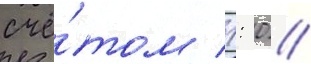
счё́том 1: 0 //